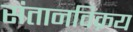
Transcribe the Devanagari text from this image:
संतानविक्रय